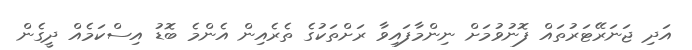
އަދި ޖަނަރޭޓަރުތައް ފޮނުވުމަށް ނިންމާފައިވާ ރަށްތަކުގެ ތެރެއިން އެންމެ ބޮޑު އިސްކަމެއް ދީގެން